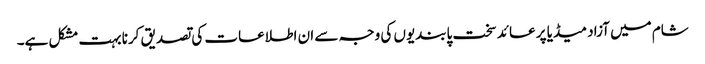
شام میں آزاد میڈیا پر عائد سخت پابندیوں کی وجہ سے ان اطلاعات کی تصدیق کرنا بہت مشکل ہے۔